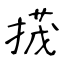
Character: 𢰝